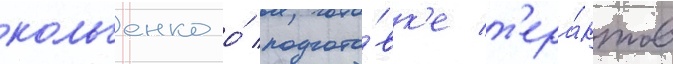
кольченко о́ подгото́вк'е т'ера́ктов